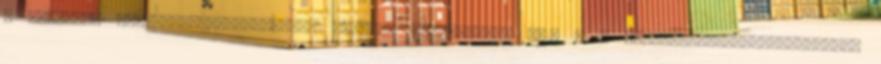
a dháraná" désa-bandha-csittaszja dháraná Jóga-Szútra 3,1. . A Trisíkhi-Bráhmana-upanisád